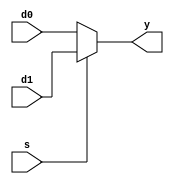
module mux2_5(
input  [4:0] d0, d1, 
input         s, 
output [4:0] y);

  assign y = s ? d1 : d0; 
endmodule